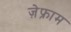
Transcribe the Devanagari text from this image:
ज़ेफ्राम